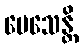
ပေသေန္တိ